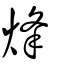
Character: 烽